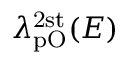
\lambda _ { \mathrm { p O } } ^ { \mathrm { 2 s t } } ( E )